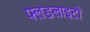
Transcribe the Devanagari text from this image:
फ्लडलाइटों